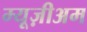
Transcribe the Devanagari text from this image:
म्यूज़ीअम